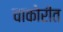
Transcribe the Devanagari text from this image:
चाकोरीत